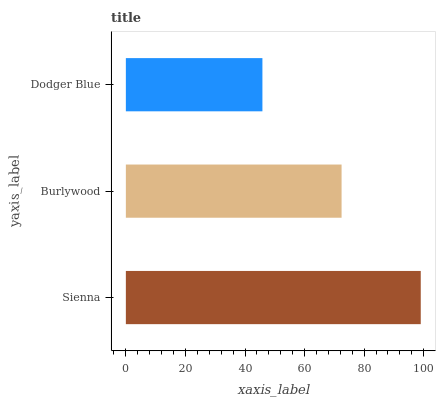
| yaxis_label | bars |
 | --- | --- |
 | Sienna | 99 |
 | Burlywood | 72.4 |
 | Dodger Blue | 45.8 |